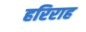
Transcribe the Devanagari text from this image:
हरिराह